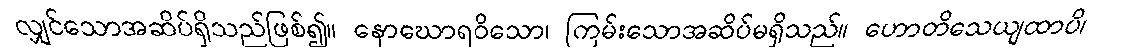
လျှင်သောအဆိပ်ရှိသည်ဖြစ်၍။ နောဃောရဝိသော၊ ကြမ်းသောအဆိပ်မရှိသည်။ ဟောတိသေယျထာပိ၊